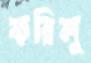
করিলু